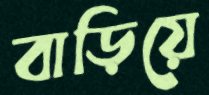
বাড়িয়ে